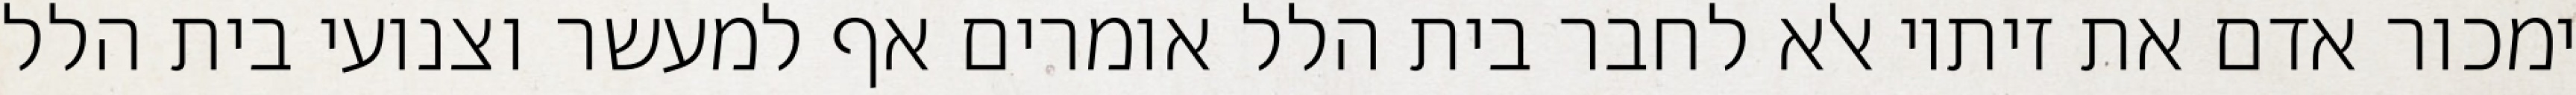
ימכור אדם את זיתיו אלא לחבר בית הלל אומרים אף למעשר וצנועי בית הלל